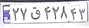
۲۷ق۴۲۸۴۳